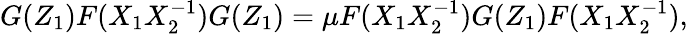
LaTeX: G(Z_{1})F(X_{1}X_{2}^{-1})G(Z_{1})=\mu F(X_{1}X_{2}^{-1})G(Z_{1})F(X_{1}X_{2}^{-1}),